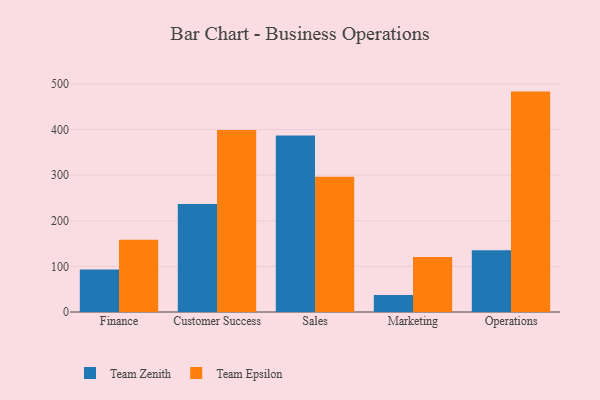
{"axis": {"x": "Department", "y": "Conversion Rate (%)"}, "legend": ["Team Epsilon", "Team Zenith"], "data": [{"x": "Finance", "y": 93.3, "type": "Team Zenith"}, {"x": "Finance", "y": 158.5, "type": "Team Epsilon"}, {"x": "Customer Success", "y": 236.7, "type": "Team Zenith"}, {"x": "Customer Success", "y": 399.1, "type": "Team Epsilon"}, {"x": "Sales", "y": 386.9, "type": "Team Zenith"}, {"x": "Sales", "y": 296.8, "type": "Team Epsilon"}, {"x": "Marketing", "y": 37.1, "type": "Team Zenith"}, {"x": "Marketing", "y": 120.6, "type": "Team Epsilon"}, {"x": "Operations", "y": 135.4, "type": "Team Zenith"}, {"x": "Operations", "y": 483.3, "type": "Team Epsilon"}]}